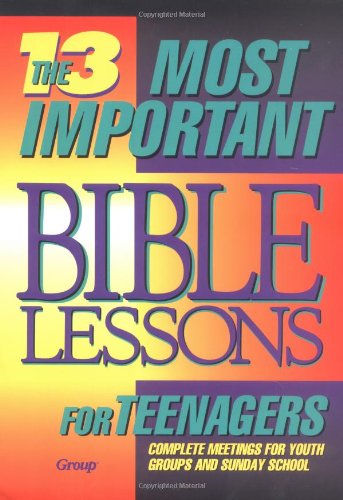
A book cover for The 13 Most Important Bible Lessons for Teenagers; Christian Books & Bibles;